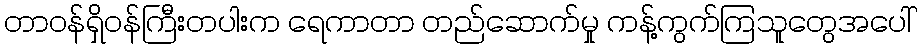
တာဝန်ရှိဝန်ကြီးတပါးက ရေကာတာ တည်ဆောက်မှု ကန့်ကွက်ကြသူတွေအပေါ်